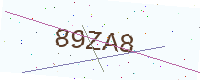
Text: 89ZA8